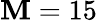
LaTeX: \mathbf{M}=15